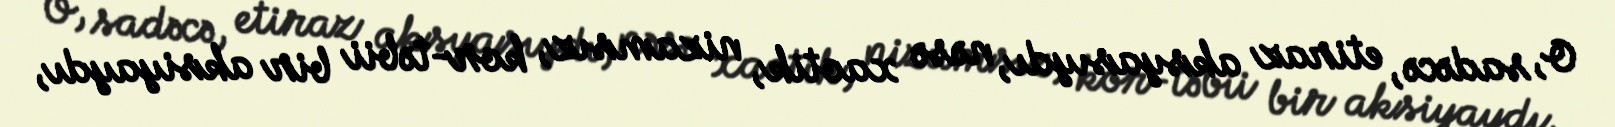
O, sadəcə, etiraz aksyasıydı, nəsə xaotik, nizamsız, kor-təbii bir aksiyaydı,